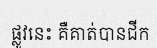
ផ្លូវនេះ គឺគាត់បានជីក